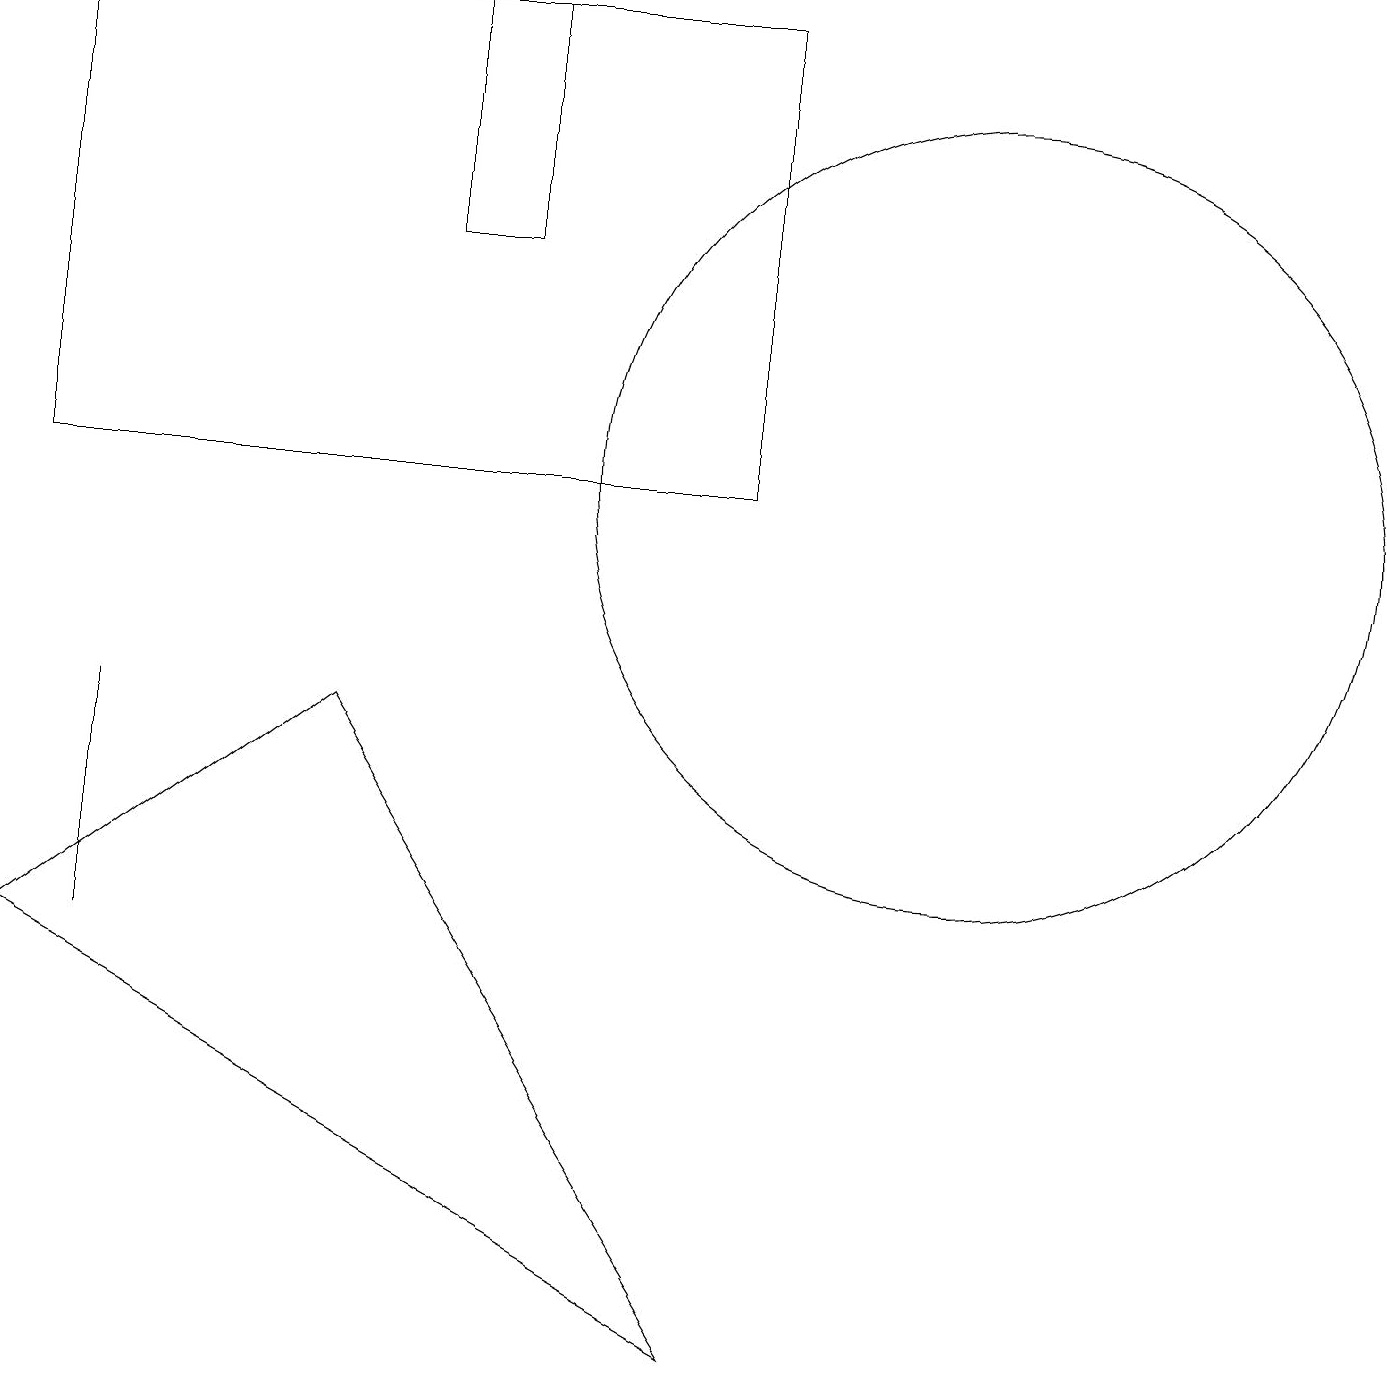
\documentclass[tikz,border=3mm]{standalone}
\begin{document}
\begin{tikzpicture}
\draw (12,11) circle (5);
\draw (9,17) rectangle (0,11);
\draw (9,0) -- (4,8) -- (0,5) -- cycle;
\draw (5,17) rectangle (6,14);
\draw (1,5) -- (1,8) -- (1,6) -- cycle;
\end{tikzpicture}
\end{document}